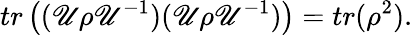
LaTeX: tr\left((\mathscr{U}\rho\mathscr{U}^{-1})(\mathscr{U}\rho\mathscr{U}^{-1})\right)=tr(\rho^{2}).